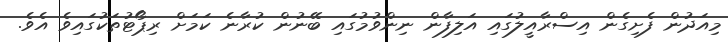
މިއަދުން ފެށިގެން އިސްރާއީލުގައި އަލިފާން ނިންވުމުގައި ބޭނުން ކުރާނެ ކަމަށް ރިޕޯޓުތަކުގައިވެ އެވެ.